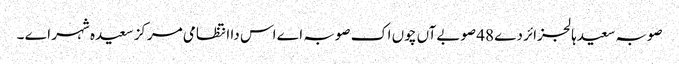
صوبہ سعیدہالجزائر دے 48 صوبےآں چوں اک صوبہ اے اس دا انتظامی مرکز سعیدہ شہر اے ۔